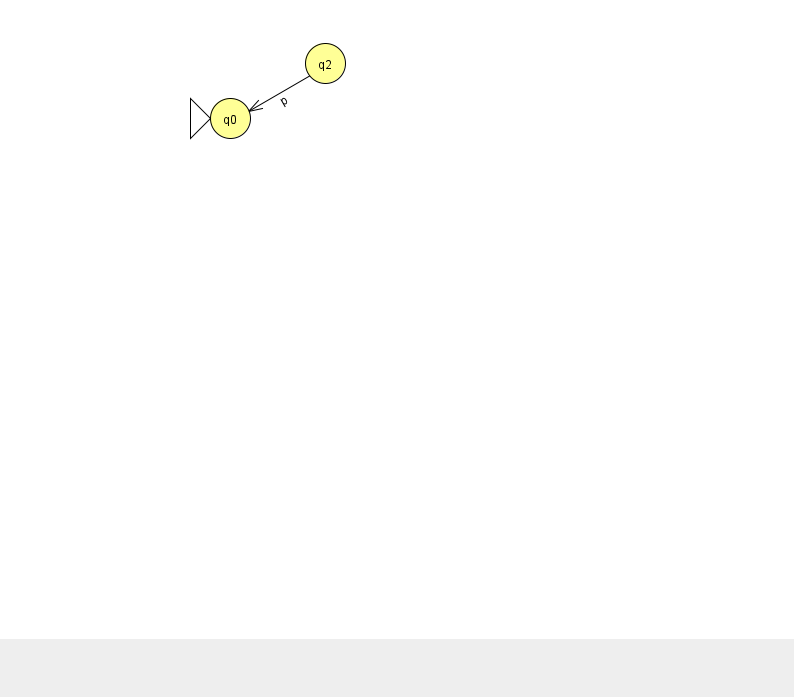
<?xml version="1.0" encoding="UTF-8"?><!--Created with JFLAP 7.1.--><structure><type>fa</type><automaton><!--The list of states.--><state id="0" name="q0"><x>230.0</x><y>105.0</y><initial/></state><state id="2" name="q2"><x>325.0</x><y>50.0</y></state><!--The list of transitions.--><transition><from>2</from><to>0</to><read>p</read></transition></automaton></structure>